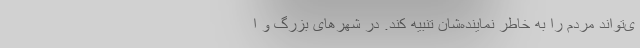
ی‌تواند مردم را به خاطر نماینده‌شان تنبیه کند. در شهرهای بزرگ و ا